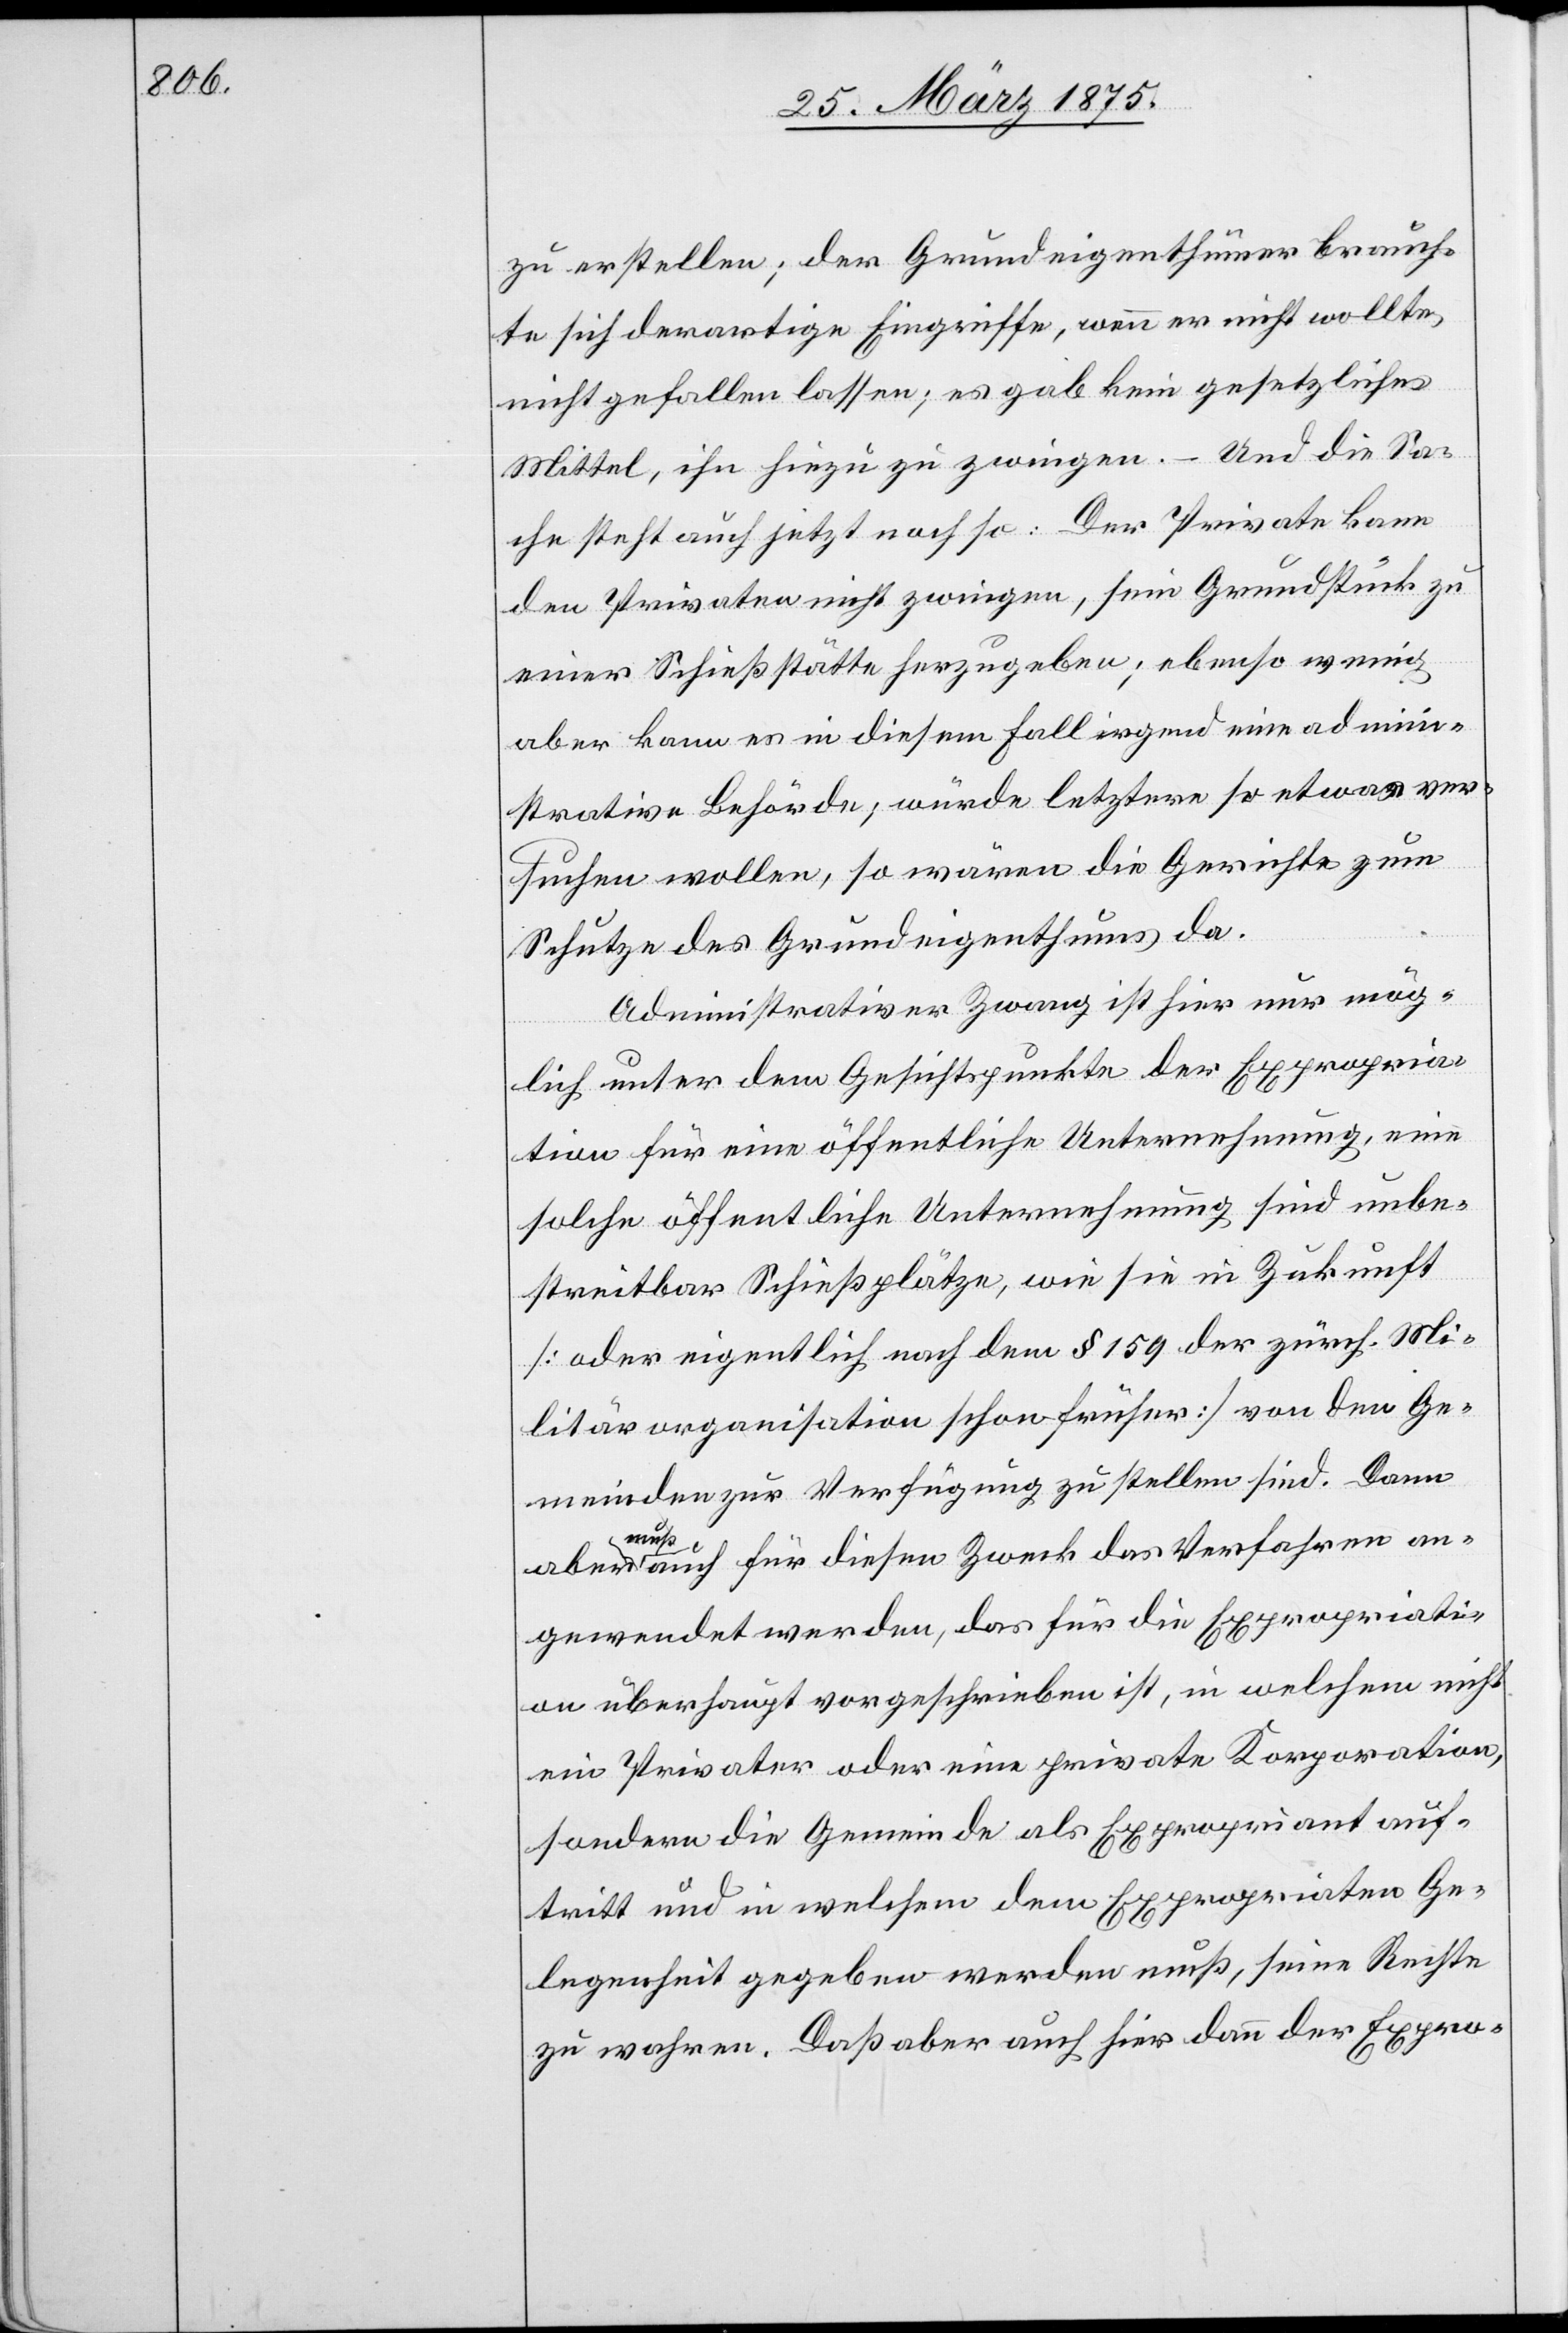
zu erstellen; der Grundeigenthümer brauch¬
te sich derartige Eingriffe, wenn er nicht wollte,
nicht gefallen lassen; es gab kein gesetzliches
Mittel, ihn hiezu zu zwingen. – Und die Sa¬
che steht auch jetzt noch so: Der Private kann
den Privaten nicht zwingen, sein Grundstück zu
einer Schießstätte herzugeben; ebenso wenig
aber kann es in diesem Fall irgendeine admini¬
strative Behörde, würde letztere so etwas ver¬
suchen wollen, so wären die Gerichte zum
Schutze des Grundeigenthums da.
Administrativer Zwang ist hier nur mög¬
lich unter dem Gesichtspunkte der Expropria¬
tion für eine öffentliche Unternehmung, eine
solche öffentliche Unternehmung sind unbe¬
streitbar Schießplätze, wie sie in Zukunft
[aber eigentlich nach dem § 159 der zürch Mi¬
litärorganisation schon früher] von den Ge¬
meinden zur Verfügung zu stellen sind. Dann
a-muß-a auch für diesen Zweck das Verfahren an¬
gewendet werden, das für die Expropriati¬
on überhaupt vorgeschrieben ist, in welchem nicht
ein Privater oder eine private Korporation,
sondern die Gemeinde als Expropriaten Ge¬
legenheit gegeben werden muß, seine Rechte
zu wahren. Daß aber auch hier dann der Expro-